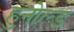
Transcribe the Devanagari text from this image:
हुनोल्ड